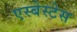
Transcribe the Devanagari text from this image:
एस्बेस्टेस